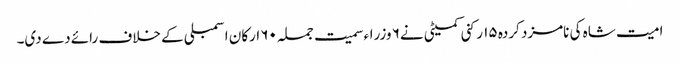
امیت شاہ کی نامزد کردہ ۱۵ رکنی کمیٹی نے۶ وزراء سمیت جملہ ۶۰ ارکان اسمبلی کے خلاف رائے دے دی۔